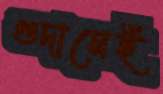
গুদামেই